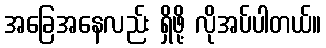
အခြေအနေလည်း ရှိဖို့ လိုအပ်ပါတယ်။